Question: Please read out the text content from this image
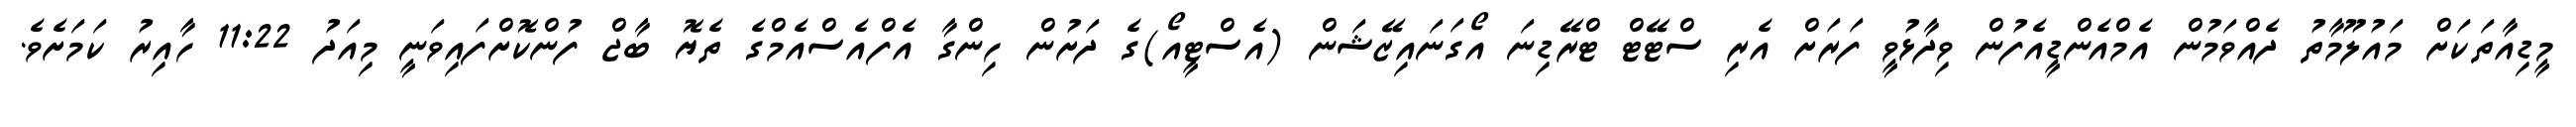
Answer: މީޑިއާތަކަށް މައުލޫމާތު ދެއްވަމުން އެމްއެންޑީއެފުން ވިދާޅުވީ ފަރަށް އެރި ސްޓޭޓް ޓްރޭޑިނަ އޯގަނައިޒޭޝަން (އެސްޓީއޯ)ގެ ދަށުން ހިންގާ އެފްއެސްއެމްގެ ތެޔޮ ބާޖް ފުންކޮށްފައިވަނީ މިއަދު 11:22 ހާއިރު ކަމަށެވެ.